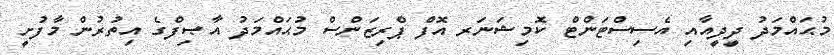
މުޙައްމަދު ދީދީއާއި އެސިސްޓަންޓް ކޮމިޝަނަރ އޮފް ޕްރިޒަންސް މުޙައްމަދު އާޞިފްގެ އިތުރުން މާފުށީ